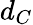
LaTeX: d_{C}